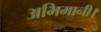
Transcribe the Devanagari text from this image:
अभिमानी।